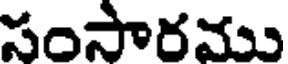
సంసారము